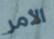
الأمر